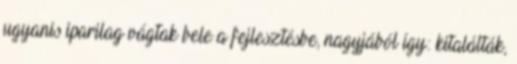
ugyanis iparilag vágtak bele a fejlesztésbe, nagyjából így: kitalálták,